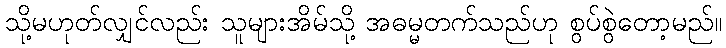
သို့မဟုတ်လျှင်လည်း သူများအိမ်သို့ အဓမ္မတက်သည်ဟု စွပ်စွဲတော့မည်။